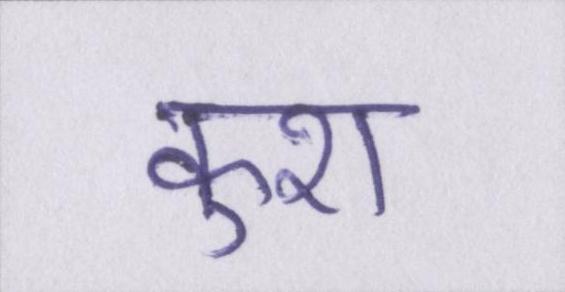
कुश